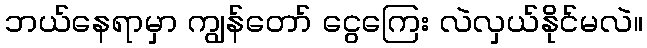
ဘယ်နေရာမှာ ကျွန်တော် ငွေကြေး လဲလှယ်နိုင်မလဲ။